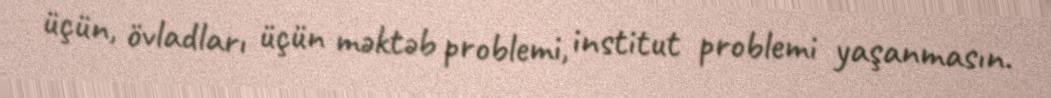
üçün, övladları üçün məktəb problemi, institut problemi yaşanmasın.